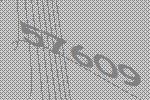
57609